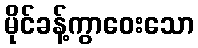
မိုင်ခန့်ကွာဝေးသော